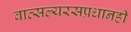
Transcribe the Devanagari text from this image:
वात्सल्यरसप्रधानही